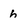
Character: h